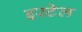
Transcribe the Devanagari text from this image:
इस्टेल